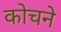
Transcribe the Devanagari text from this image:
कोचने